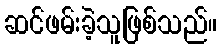
ဆင်ဖမ်းခဲ့သူဖြစ်သည်။